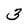
Character: 3